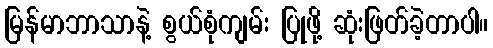
မြန်မာဘာသာနဲ့ စွယ်စုံကျမ်း ပြုဖို့ ဆုံးဖြတ်ခဲ့တာပါ။